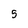
Character: 5